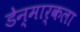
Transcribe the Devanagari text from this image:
डेन्मार्कला